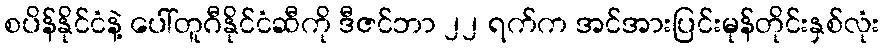
စပိန်နိုင်ငံနဲ့ ပေါ်တူဂီနိုင်ငံဆီကို ဒီဇင်ဘာ ၂၂ ရက်က အင်အားပြင်းမုန်တိုင်းနှစ်လုံး